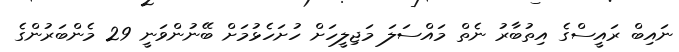
ނައިބް ރައީސްގެ އިތުބާރު ނެތް މައްސަލަ މަޖިލީހަށް ހުށަހެޅުމަށް ބޭނުންވަނީ 29 މެންބަރުންގެ